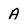
Character: A